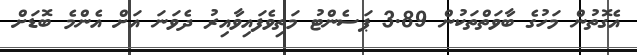
އެގޮތުން މަހުގެ ބާވަތްތަކުން 3.89 ޕަސެންޓު މަތިވެފައިވާއިރު ދެވަނަ އަށް އެންމެ ބޮޑަށް